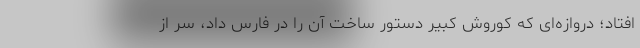
افتاد؛ دروازه‌ای که کوروش کبیر دستور ساخت آن را در فارس داد، سر از